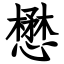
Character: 懋